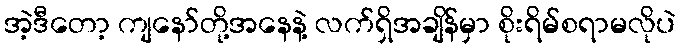
အဲ့ဒီတော့ ကျနော်တို့အနေနဲ့ လက်ရှိအချိန်မှာ စိုးရိမ်စရာမလိုပဲ